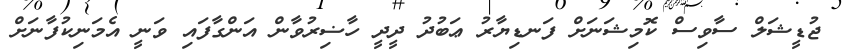
ޖުޑީޝަލް ސާވިސް ކޮމިޝަނަށް ފަނޑިޔާރު ޢަބުދު ދީދީ ހާޟިރުވާން އަންގާފައި ވަނީ އެމަނިކުފާނަށް